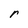
Character: r